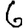
Digit: 6